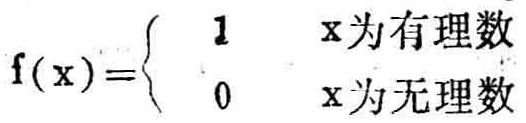
\(f(x)=\begin{cases}1 & x为有理数\\0 & x为无理数\end{cases}\)